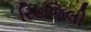
રિડજિલી